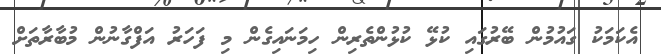
އެކަމަކު ގައުމުން ބޭރުގައި ކުޅޭ ކުޅުންތެރިން ހިމަނައިގެން މި ފަހަރު އަފްގާނުން މުބާރާތަށް